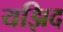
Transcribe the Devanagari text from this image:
यझिद